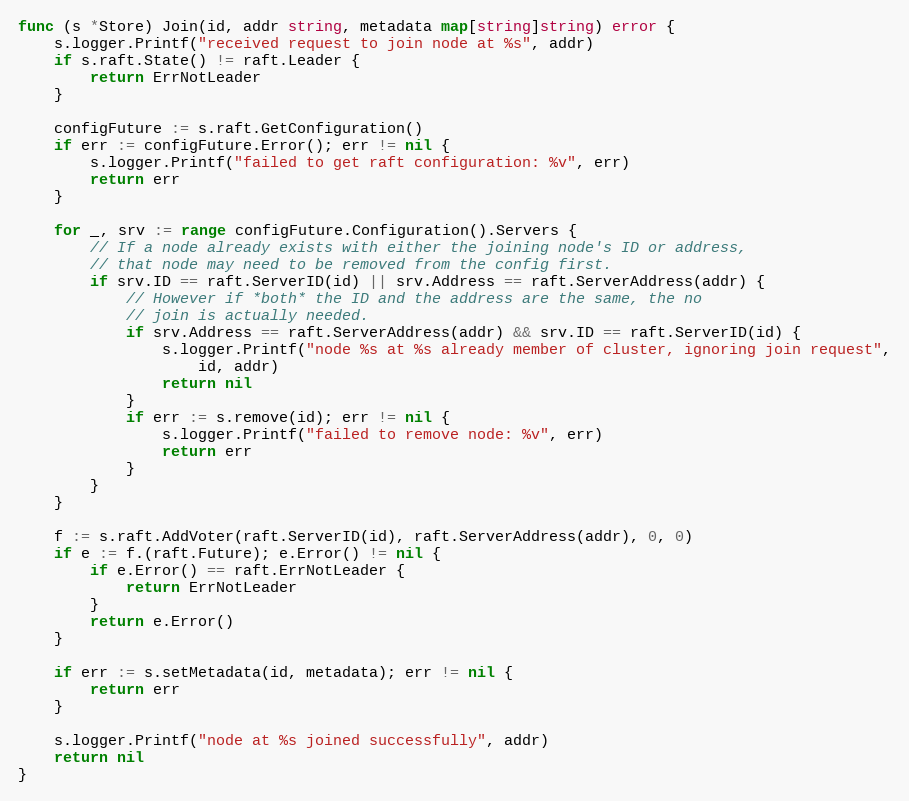
Language: Go
func (s *Store) Join(id, addr string, metadata map[string]string) error {
	s.logger.Printf("received request to join node at %s", addr)
	if s.raft.State() != raft.Leader {
		return ErrNotLeader
	}

	configFuture := s.raft.GetConfiguration()
	if err := configFuture.Error(); err != nil {
		s.logger.Printf("failed to get raft configuration: %v", err)
		return err
	}

	for _, srv := range configFuture.Configuration().Servers {
		// If a node already exists with either the joining node's ID or address,
		// that node may need to be removed from the config first.
		if srv.ID == raft.ServerID(id) || srv.Address == raft.ServerAddress(addr) {
			// However if *both* the ID and the address are the same, the no
			// join is actually needed.
			if srv.Address == raft.ServerAddress(addr) && srv.ID == raft.ServerID(id) {
				s.logger.Printf("node %s at %s already member of cluster, ignoring join request",
					id, addr)
				return nil
			}
			if err := s.remove(id); err != nil {
				s.logger.Printf("failed to remove node: %v", err)
				return err
			}
		}
	}

	f := s.raft.AddVoter(raft.ServerID(id), raft.ServerAddress(addr), 0, 0)
	if e := f.(raft.Future); e.Error() != nil {
		if e.Error() == raft.ErrNotLeader {
			return ErrNotLeader
		}
		return e.Error()
	}

	if err := s.setMetadata(id, metadata); err != nil {
		return err
	}

	s.logger.Printf("node at %s joined successfully", addr)
	return nil
}